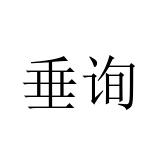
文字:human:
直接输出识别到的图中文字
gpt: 垂询